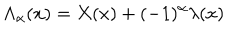
LaTeX: { \Lambda } _ { \alpha } ( x ) = X ( x ) + ( - 1 ) ^ { \alpha } { \lambda } ( x )